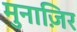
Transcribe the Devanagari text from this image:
मुनाज़िर